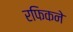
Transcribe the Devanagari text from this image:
रफिकने